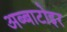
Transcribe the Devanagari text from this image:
अब्बाटोइर